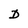
Character: D